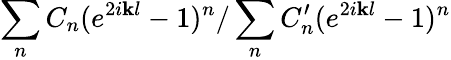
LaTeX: \sum_{n}C_{n}(e^{2i\mathbf{k}l}-1)^{n}/\sum_{n}C_{n}^{\prime}(e^{2i\mathbf{k}l}-1)^{n}